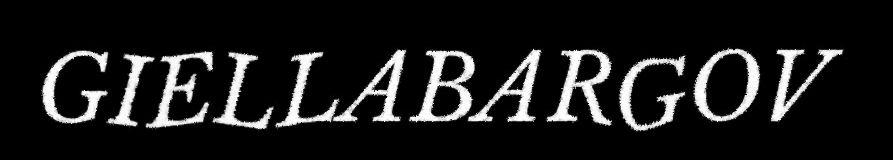
GIELLABARGOV